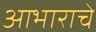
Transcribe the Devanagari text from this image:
आभाराचे